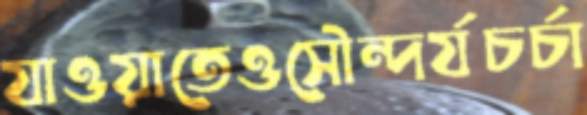
যাওয়াতেওসৌন্দর্যচর্চা